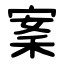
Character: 䅁